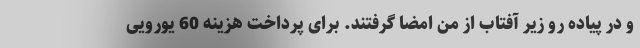
و در پیاده رو زیر آفتاب از من امضا گرفتند. برای پرداخت هزینه 60 یورویی